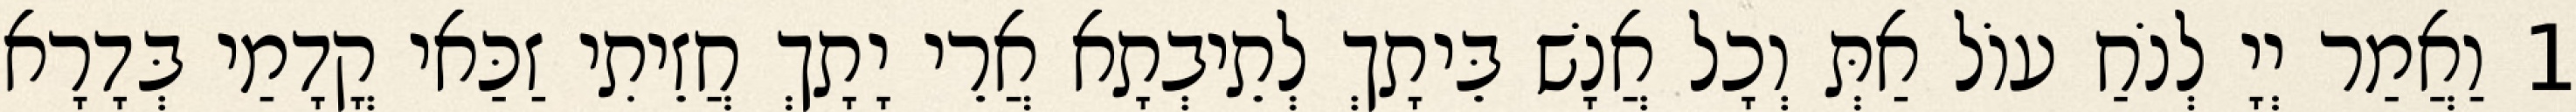
1 וַאֲמַר יְיָ לְנֹחַ עוֹל אַתְּ וְכָל אֲנָשׁ בֵּיתָךְ לְתֵיבְתָא אֲרֵי יָתָךְ חֲזֵיתִי זַכַּאי קֳדָמַי בְּדָרָא